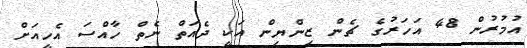
އުމުރުން 48 އަހަރުގެ ޗެން ޒިންޔިން އަކީ ދެއަތް ނެތް ހާއްސަ އެހީއަށް